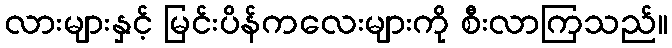
လားများနှင့် မြင်းပိန်ကလေးများကို စီးလာကြသည်။